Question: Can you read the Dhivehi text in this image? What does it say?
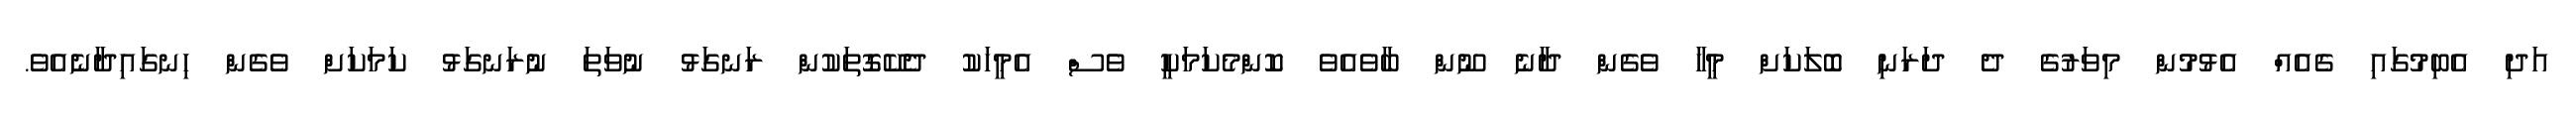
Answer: އަދި އެބިމުގައި ގެއެއް އެޅުމުން މިވަރުގެ ދެ ދަރަނި ބޮލަކަށް މީހާ ވެގެން ދާނެ ނޫން ބާވެއެވެ ކޮންމެކަމަކީ ވެސް އެމީހަކު ދެކޭގޮތަކުން ރަނގަޅު ނުވަތަ ނުރަނގަޅު ކަމަކަށް ވެގެން ހިނގައިދާނެއެވެ.